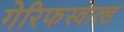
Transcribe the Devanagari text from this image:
गेरिफस्वाल्ड